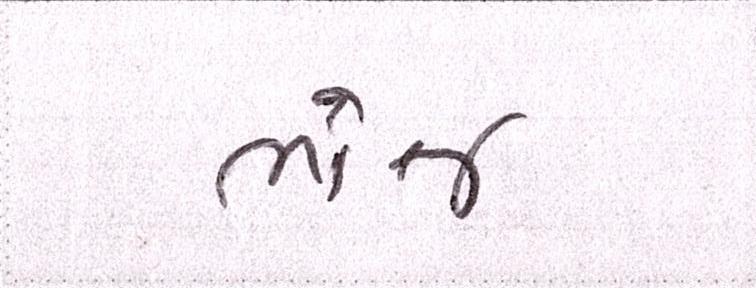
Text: ભોજ